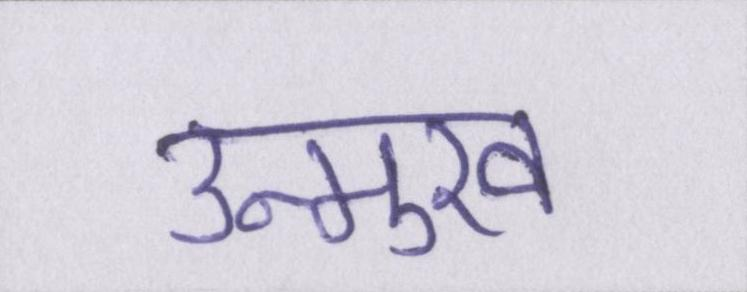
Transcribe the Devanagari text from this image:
उन्मुख